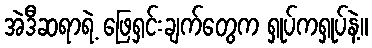
အဲဒီဆရာရဲ့ ဖြေရှင်းချက်တွေက ရှုပ်ကရှုပ်နဲ့။